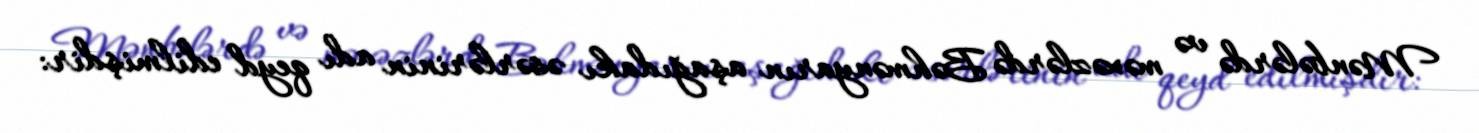
Mənbələrdə və məxəzlərdə Bəhmənyarın aşağıdakı əsərlərinin adı qeyd edilmişdir: